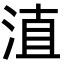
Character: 淔